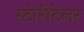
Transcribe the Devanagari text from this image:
स्टोरीटेलर